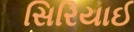
સિરિયાઈ